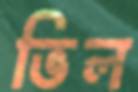
ভিল